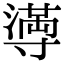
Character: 𫴴